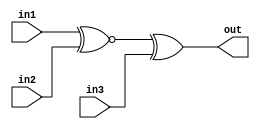
module Twogates(
    input in1,
    input in2,
    input in3,
    output out);

    wire temp;

    assign temp = in1 ^~ in2;
    assign out = temp ^ in3;

endmodule